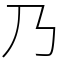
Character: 乃